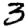
Digit: 3